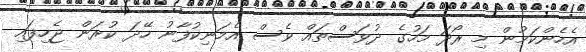
އެހެންކަމުން މި ރޯދަ މަހުގެ ދުވަސްތައް ވެސް އެމަނިކުފާނު ހޭދަ ކުރަން ޖެހިފައި